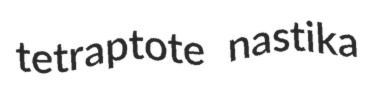
tetraptote nastika